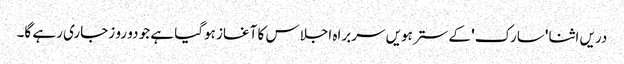
دریں اثنا 'سارک' کے سترہویں سربراہ اجلاس کا آغاز ہوگیا ہے جو دو رو زجاری رہے گا۔